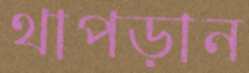
থাপড়ান